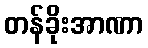
တန်ခိုးအာဏာ